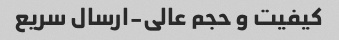
کیفیت و حجم عالى-ارسال سریع